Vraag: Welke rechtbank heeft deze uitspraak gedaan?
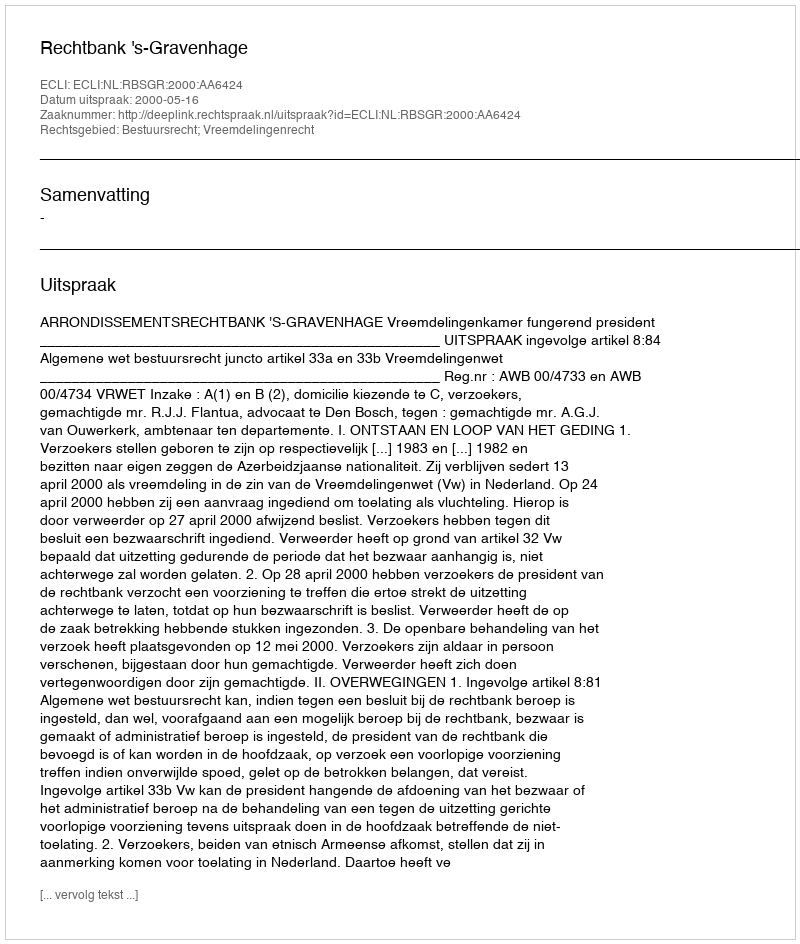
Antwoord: Rechtbank 's-Gravenhage